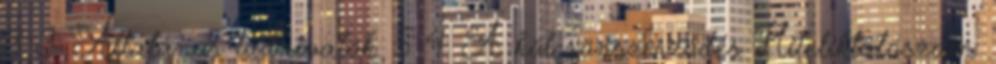
3 3. Általános tudnivalók. 5 4. A kölcsönszerződés Hiteliktatószám: